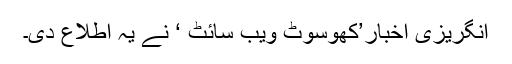
انگریزی اخبار’كھوسوٹ ویب سائٹ ‘ نے یہ اطلاع دی۔